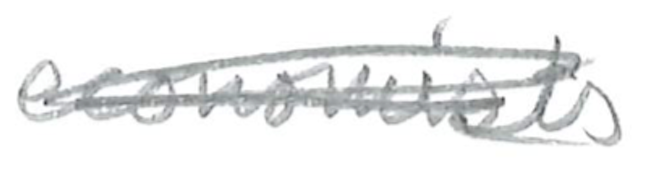
Text: economists
Cross-out: scratch
Writing tool: pencil